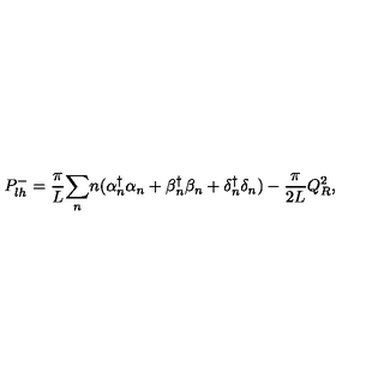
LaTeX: P _ { l h } ^ { - } = { \frac { \pi } { L } } { \sum _ { n } } n ( \alpha { _ n ^ { \dagger } } \alpha _ { n } + \beta { _ n ^ { \dagger } } \beta _ { n } + \delta { _ n ^ { \dagger } } \delta _ { n } ) - { \frac { \pi } { 2 L } } Q _ { R } ^ { 2 } ,